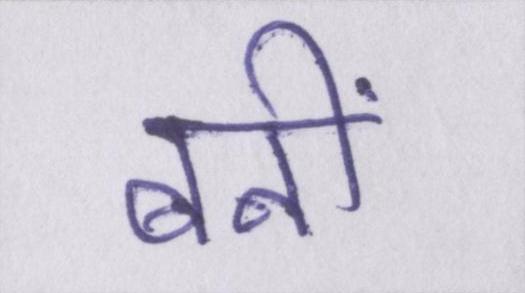
बनीं